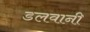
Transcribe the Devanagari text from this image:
डलवानी